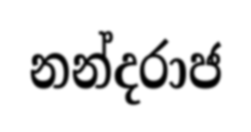
නන්දරාජ